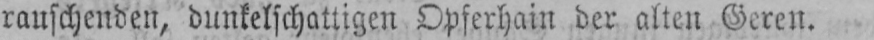
rauschenden, dunkelschattigen Opferhain der alten Geren.